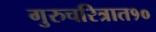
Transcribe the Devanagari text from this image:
गुरुचरित्रात१०